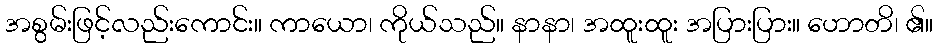
အစွမ်းဖြင့်လည်းကောင်း။ ကာယော၊ ကိုယ်သည်။ နာနာ၊ အထူးထူး အပြားပြား။ ဟောတိ၊ ၏။